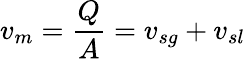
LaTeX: v_{m}=\frac{Q}{A}=v_{sg}+v_{sl}